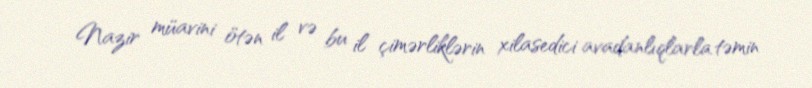
Nazir müavini ötən il və bu il çimərliklərin xilasedici avadanlıqlarla təmin